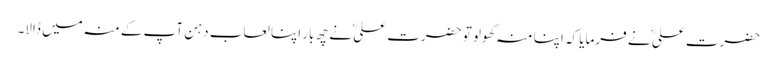
حضرت علیؓ نے فرمایا کہ اپنا منہ کھولو تو حضرت علیؓ نے چھ بار اپنا لعاب دہن آپ کے منہ میں ڈالا۔